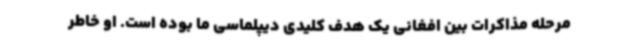
مرحله مذاکرات بین افغانی یک هدف کلیدی دیپلماسی ما بوده است. او خاطر